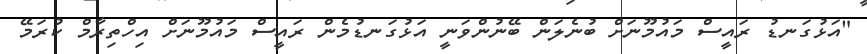
"އަޅުގަނޑު ރައީސް މައުމޫނަށް ބުނެލަން ބޭނުންވަނީ އަޅުގަނޑުމެން ރައީސް މައުމޫނަށް އިހްތިރާމް ކުރަމޭ